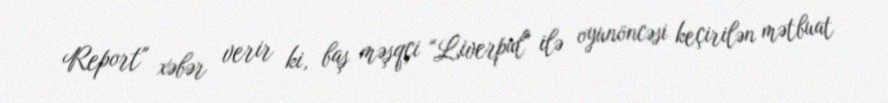
Report" xəbər verir ki, baş məşqçi "Liverpul" ilə oyunöncəsi keçirilən mətbuat